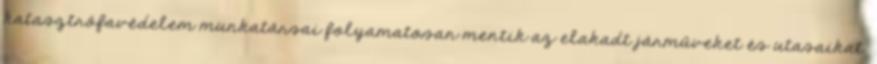
katasztrófavédelem munkatársai folyamatosan mentik az elakadt járműveket és utasaikat.